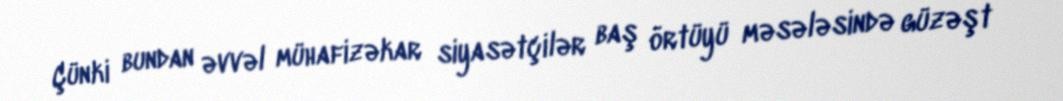
Çünki bundan əvvəl mühafizəkar siyasətçilər baş örtüyü məsələsində güzəşt